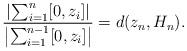
LaTeX: \begin{align*}\frac{\left|\sum_{i=1}^n[0,z_i]\right|}{\left|\sum_{i=1}^{n-1}[0,z_i]\right|}=d(z_n,H_n).\end{align*}